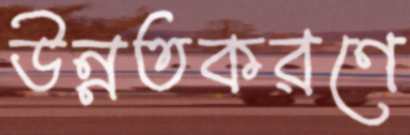
উন্নতকরণে